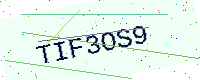
Text: TIF3OS9